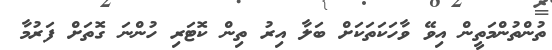
ތުންތުންމަތީން އިވޭ ވާހަކަތަކަށް ބަލާ އިރު ތިން ކޮޓަރި ހުންނަ ގޮތަށް ފަރުމާ